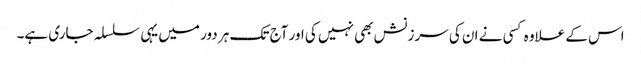
اس کے علاوہ کسی نے ان کی سرزنش بھی نہیں کی اور آج تک ہر دور میں یہی سلسلہ جاری ہے۔